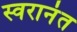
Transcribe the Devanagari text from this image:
स्वरानंत